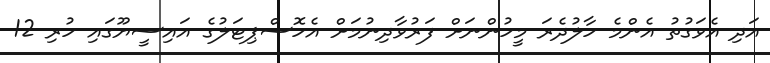
އަދި އެވަގުތު އެންމެ ހާލުދެރަ މީހުންނަށް ފަރުވާދިނުމަށް އެހޮސްޕިޓަލުގެ އައިސީޔޫގައި ހުރި 12